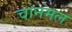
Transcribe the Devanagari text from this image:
चानमल